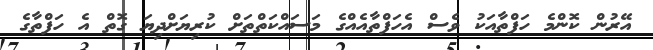
އޭރުން ކޮންމެ ހަފްތާއަކު ވެސް އެހަފްތާއެއްގެ މަސައްކަތްތަށް ކުރިޔަށްދިޔަ ގޮތް އެ ހަފްތާގެ